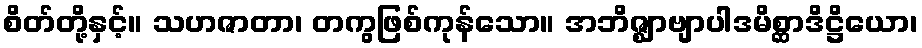
စိတ်တို့နှင့်။ သဟဇာတာ၊ တကွဖြစ်ကုန်သော။ အဘိဇ္ဈာဗျာပါဒမိစ္ဆာဒိဋ္ဌိယော၊